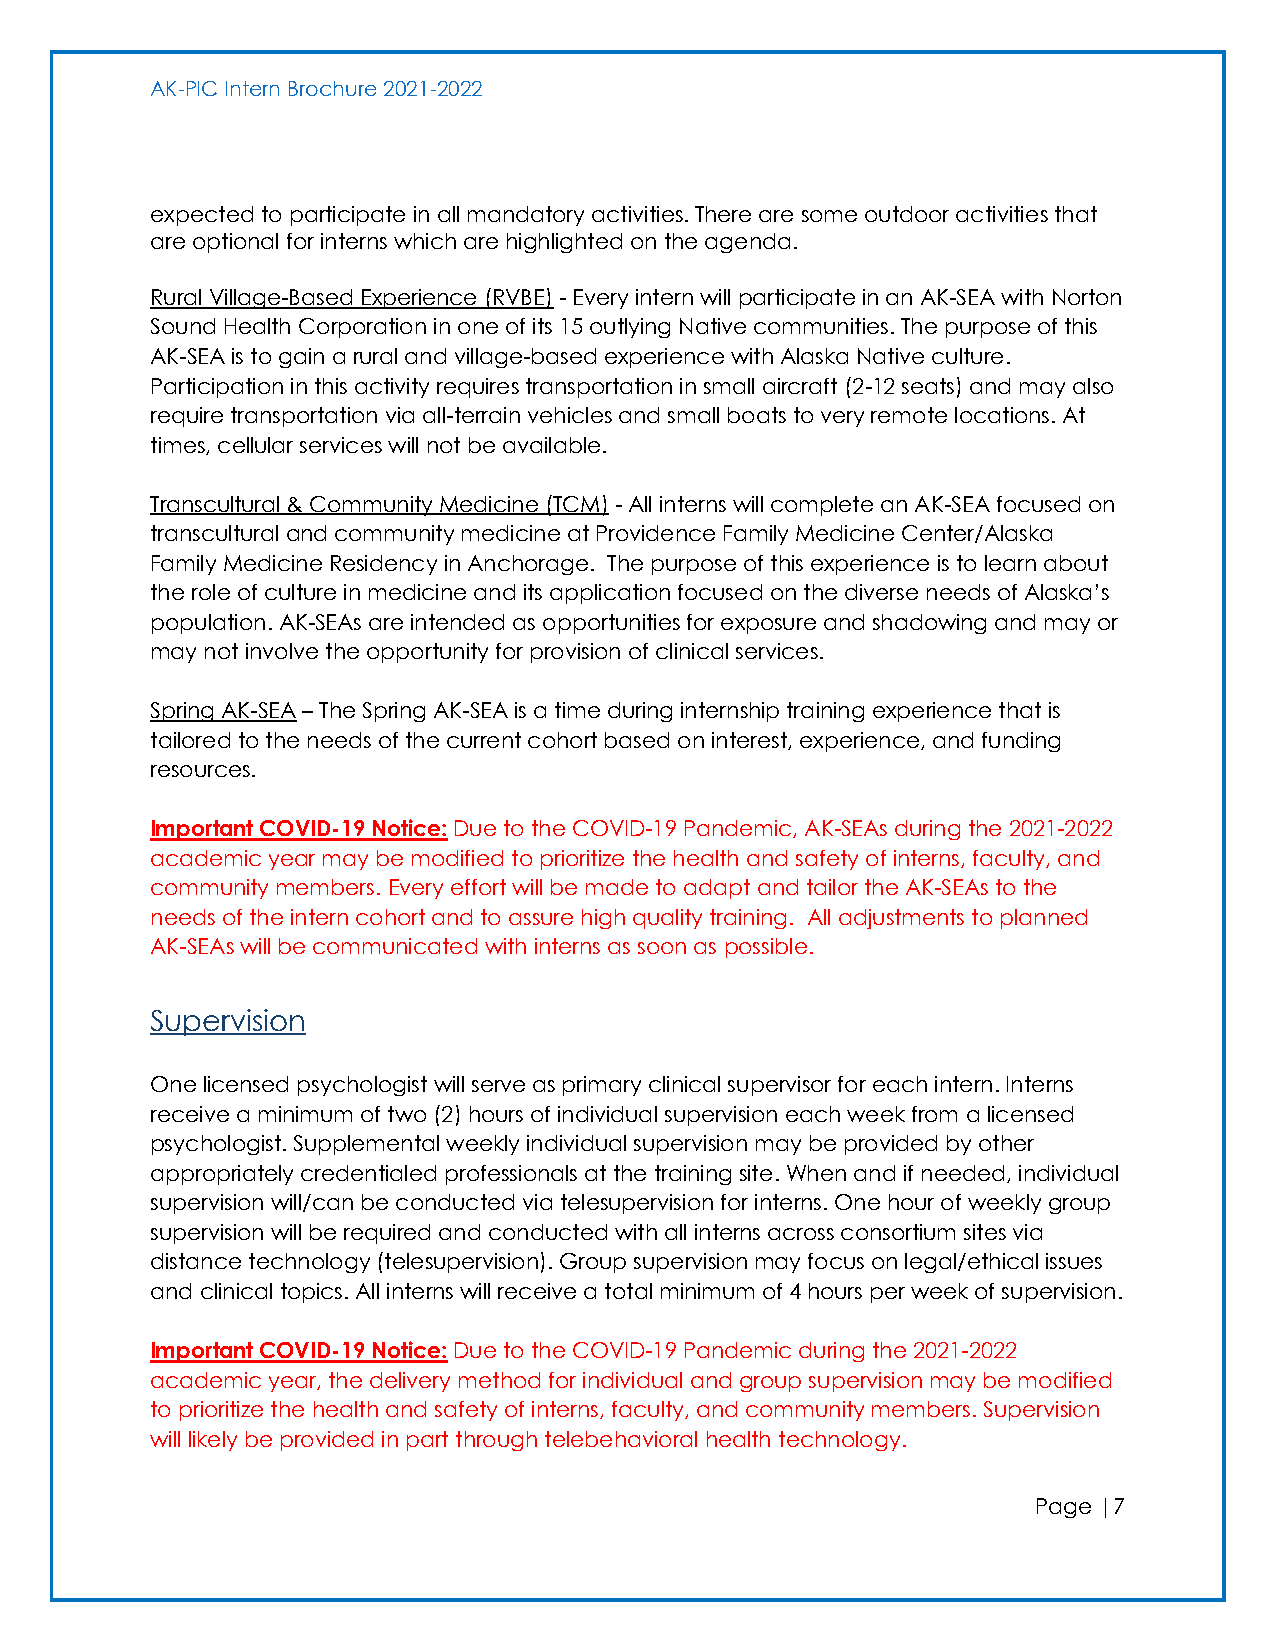
AK-PIC Intern Brochure 2021-2022
 expected to participate in all mandatory activities. There are some outdoor activities that
 are optional for interns which are highlighted on the agenda.
 Rural Village-Based Experience (RVBE) - Every intern will participate in an AK-SEA with Norton
 Sound Health Corporation in one of its 15 outlying Native communities. The purpose of this
 AK-SEA is to gain a rural and village-based experience with Alaska Native culture.
 Participation in this activity requires transportation in small aircraft (2-12 seats) and may also
 require transportation via all-terrain vehicles and small boats to very remote locations. At
 times, cellular services will not be available.
 Transcultural & Community Medicine (TCM) - All interns will complete an AK-SEA focused on
 transcultural and community medicine at Providence Family Medicine Center/Alaska
 Family Medicine Residency in Anchorage. The purpose of this experience is to learn about
 the role of culture in medicine and its application focused on the diverse needs of Alaska’s
 population. AK-SEAs are intended as opportunities for exposure and shadowing and may or
 may not involve the opportunity for provision of clinical services.
 Spring AK-SEA – The Spring AK-SEA is a time during internship training experience that is
 tailored to the needs of the current cohort based on interest, experience, and funding
 resources.
 Important COVID-19 Notice: Due to the COVID-19 Pandemic, AK-SEAs during the 2021-2022
 academic year may be modified to prioritize the health and safety of interns, faculty, and
 community members. Every effort will be made to adapt and tailor the AK-SEAs to the
 needs of the intern cohort and to assure high quality training. All adjustments to planned
 AK-SEAs will be communicated with interns as soon as possible.
 Supervision
 One licensed psychologist will serve as primary clinical supervisor for each intern. Interns
 receive a minimum of two (2) hours of individual supervision each week from a licensed
 psychologist. Supplemental weekly individual supervision may be provided by other
 appropriately credentialed professionals at the training site. When and if needed, individual
 supervision will/can be conducted via telesupervision for interns. One hour of weekly group
 supervision will be required and conducted with all interns across consortium sites via
 distance technology (telesupervision). Group supervision may focus on legal/ethical issues
 and clinical topics. All interns will receive a total minimum of 4 hours per week of supervision.
 Important COVID-19 Notice: Due to the COVID-19 Pandemic during the 2021-2022
 academic year, the delivery method for individual and group supervision may be modified
 to prioritize the health and safety of interns, faculty, and community members. Supervision
 will likely be provided in part through telebehavioral health technology.
 Page |7